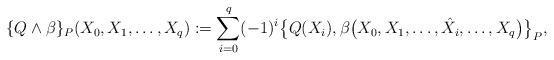
LaTeX: \begin{gather*}\{Q\wedge\beta\}_{P}(X_{0},X_{1},\dots ,X_{q}):=\sum\limits_{i=0}^{q}(-1)^{i}\big\{Q(X_{i}),\beta\big(X_{0},X_{1},\dots,\hat{X}_{i},\dots,X_{q}\big)\big\}_{P},\end{gather*}